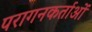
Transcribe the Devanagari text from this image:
परागनकर्ताओं